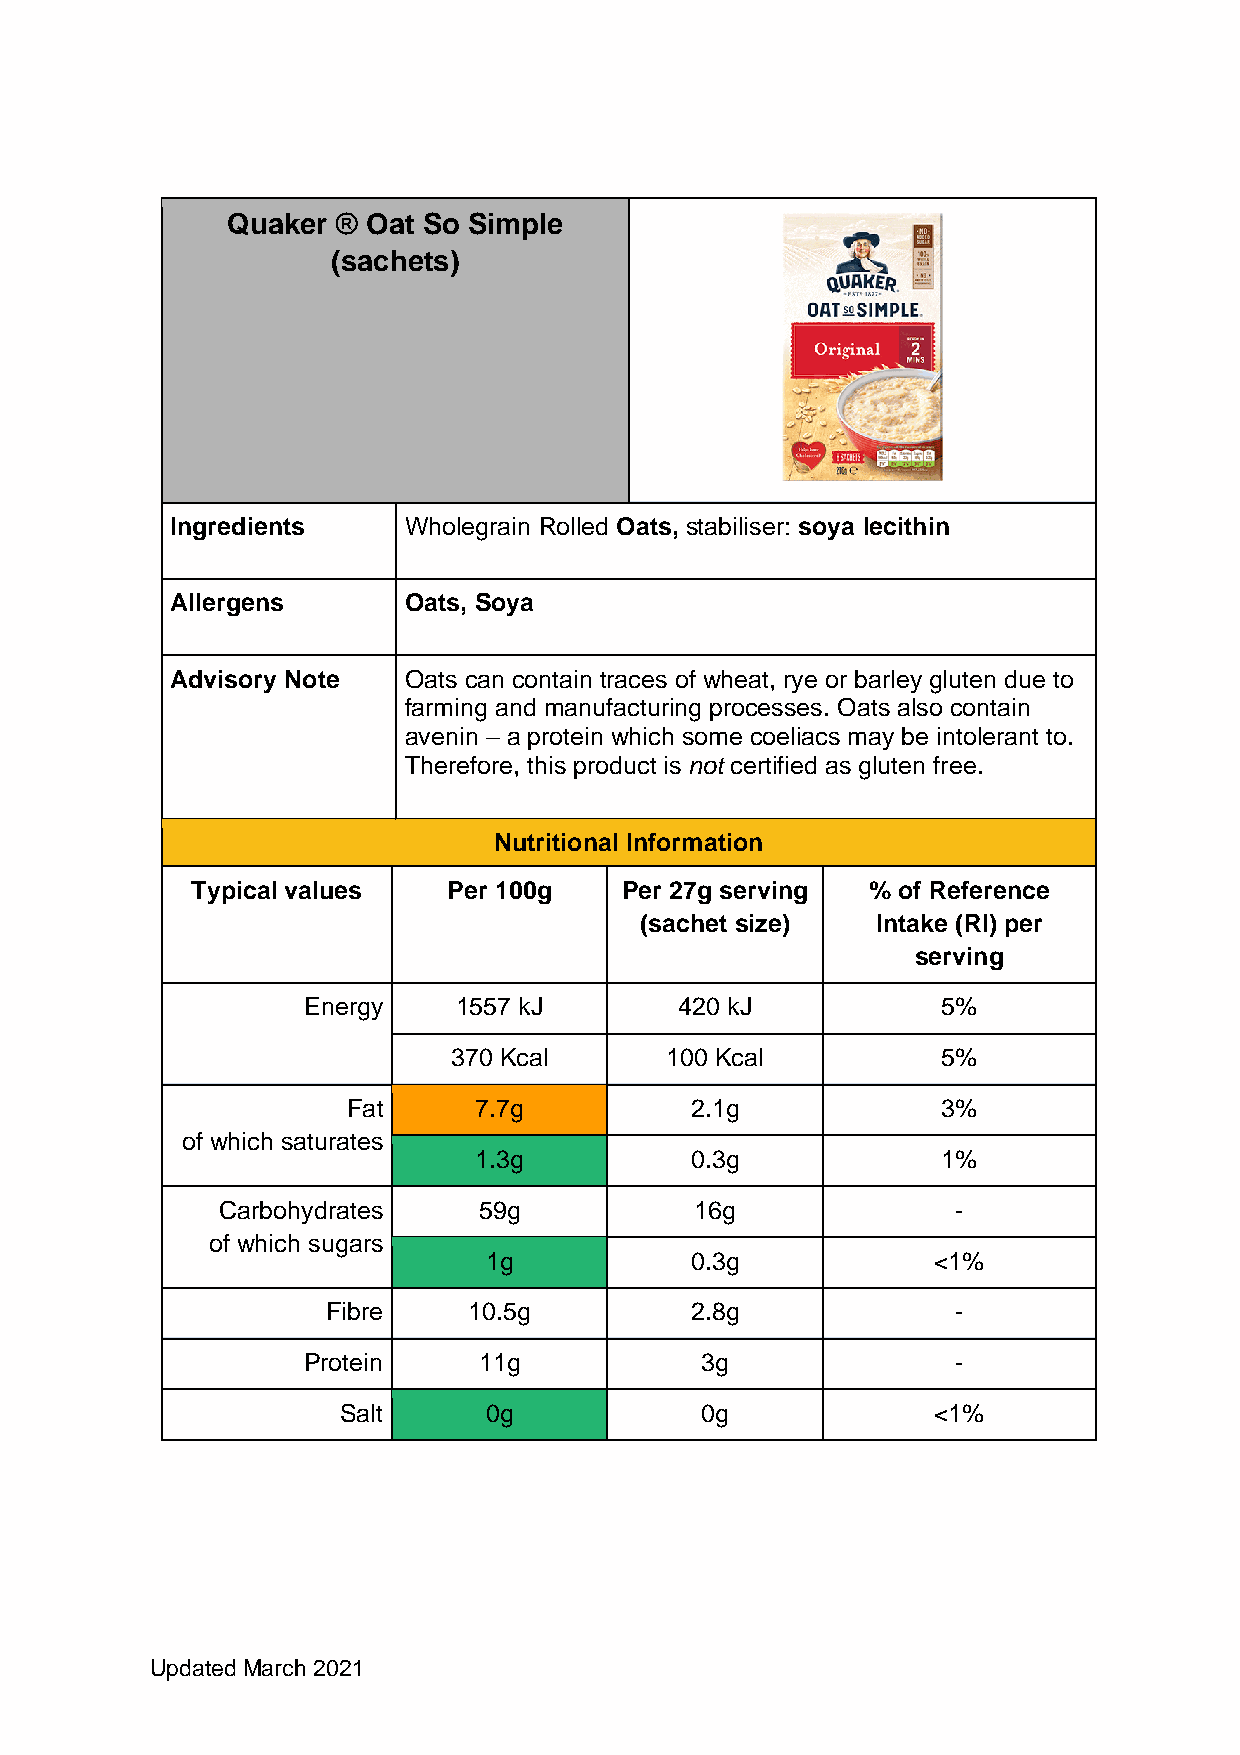
Quaker ® Oat So Simple
 (sachets)
 Ingredients     Wholegrain Rolled Oats, stabiliser: soya lecithin
 Allergens       Oats, Soya
 Advisory Note   Oats can contain traces of wheat, rye or barley gluten due to
 farming and manufacturing processes. Oats also contain
 avenin – a protein which some coeliacs may be intolerant to.
 Therefore, this product is not certified as gluten free.
 Nutritional Information
 Typical values   Per 100g   Per 27g serving % of Reference
 (sachet size)   Intake (RI) per
 serving
 Energy    1557 kJ        420 kJ           5%
 370 Kcal      100 Kcal          5%
 Fat     7.7g           2.1g            3%
 of which saturates
 1.3g           0.3g            1%
 Carbohydrates     59g           16g              -
 of which sugars
 1g            0.3g            <1%
 Fibre    10.5g          2.8g             -
 Protein     11g           3g               -
 Salt     0g            0g              <1%
 Updated March 2021